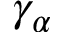
\gamma _ { \alpha }